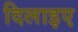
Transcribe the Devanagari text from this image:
दिलाइए